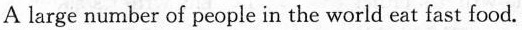
A large number of people in the world eat fast food.